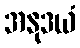
အနုဒယံ